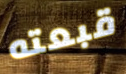
قبعته